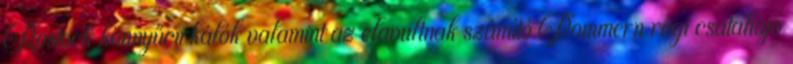
Rostock könnyűcirkálók valamint az elavultnak számító Pommern régi csatahajó